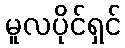
မူလပိုင်ရှင်